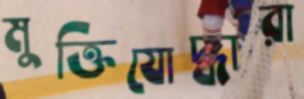
মুক্তিযোদ্ধারা